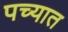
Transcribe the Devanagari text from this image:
पच्यात